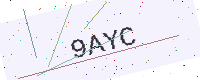
Text: 9AYC